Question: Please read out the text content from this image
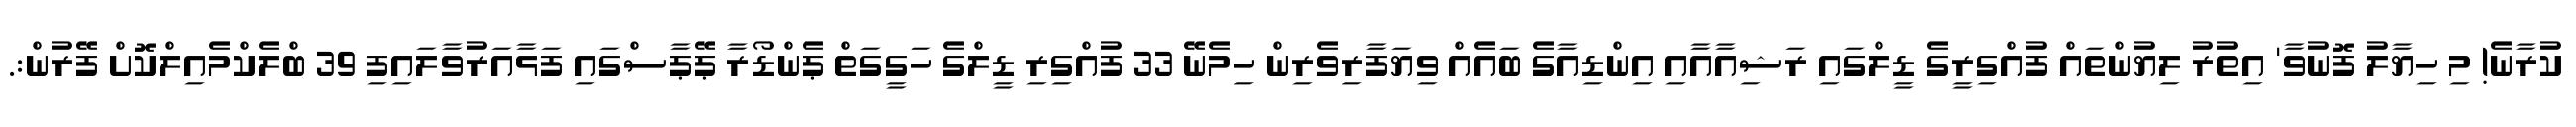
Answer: ކުރާނެ! މި ހިޔާލު ފޮނުވާ' އިތުރު ލިޔުންތައް ފުއްގިރީގެ ޑީލްގައި ރަޝިއާއާއި އިންޑިއާގެ ބައެއް ވިޔަފާރިވެރިން ހިމެނޭ 33 ފުއްގިރި ޑީލްގެ ހަގީގަތް ޕެންޑޯރާ ޕޭޕާސްގައި ފަޅާއަރުވާލައިފި 39 ބްލެކްމެއިލްކޮށް ފޭރުން:.